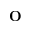
\mathbf { O }